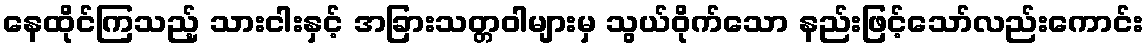
နေထိုင်ကြသည့် သားငါးနှင့် အခြားသတ္တဝါများမှ သွယ်ဝိုက်သော နည်းဖြင့်သော်လည်းကောင်း